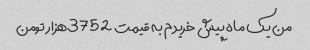
من یک ماه پیش خریدم به قیمت 3752هزار تومن